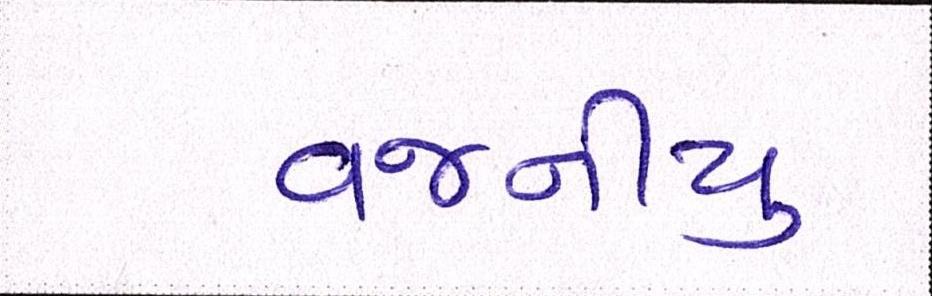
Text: વજનીયુ